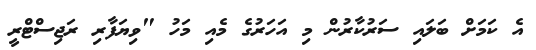
އެ ކަމަށް ބަލައި ސަރުކާރުން މި އަހަރުގެ މެއި މަހު "ވިޔަފާރި ރަޖިސްޓްރީ